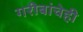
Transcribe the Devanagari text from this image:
गरीबांचेही